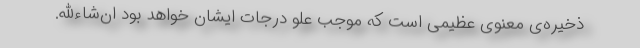
ذخیره‌ی معنوی عظیمی است که موجب علو درجات ایشان خواهد بود ان‌شاءالله.